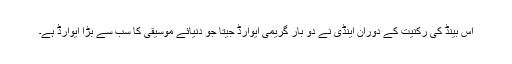
اس بینڈ کی رکنیت کے دوران اینڈی نے دو بار گریمی ایوارڈ جیتا جو دنیائے موسیقی کا سب سے بڑا ایوارڈ ہے۔